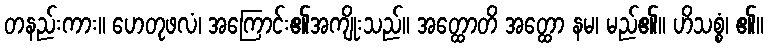
တနည်းကား။ ဟေတုဖလံ၊ အကြောင်း၏အကျိုးသည်။ အတ္ထောတိ အတ္ထော နမ၊ မည်၏။ ဟိသစ္စံ၊ ၏။